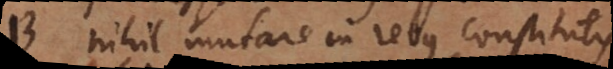
B nihil mutare in rebus constitutis